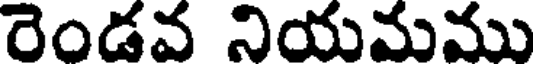
రెండవ నియమము